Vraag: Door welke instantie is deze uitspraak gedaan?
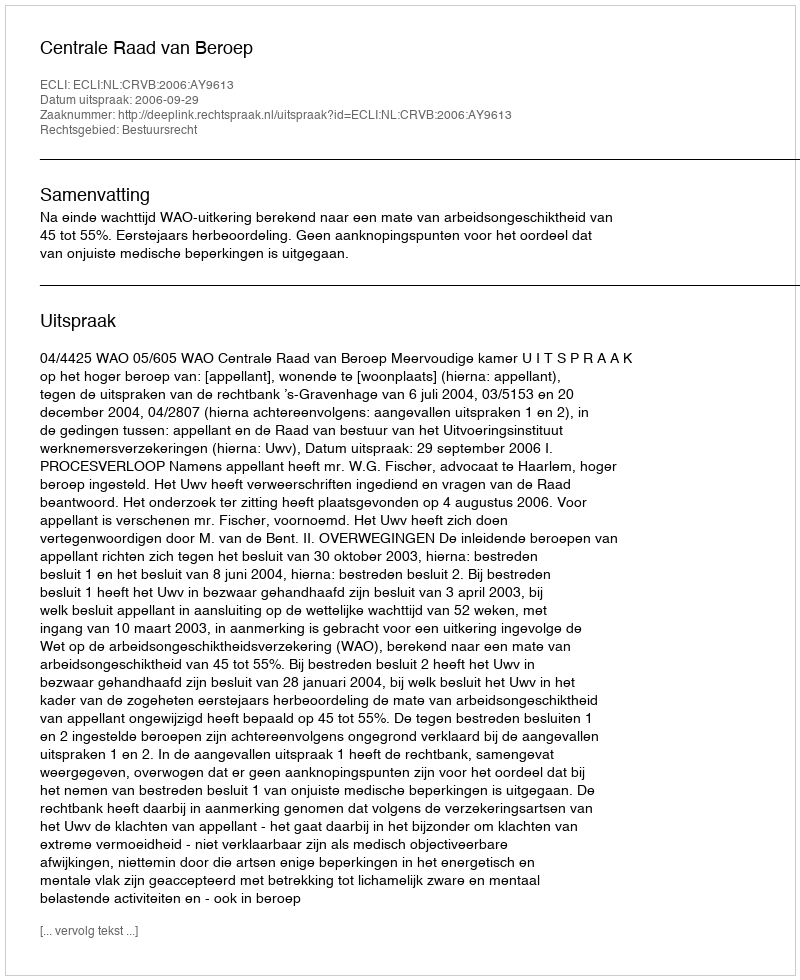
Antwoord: Centrale Raad van Beroep